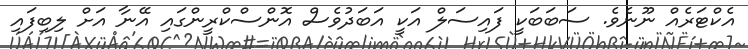
އެކްޓަރެއް ނޫނެވެ. ސަބަބަކީ ފައިސަލް އަކީ އަބަދުވެސް އޮންސްކްރީންގައި އޭނާ އަށް ލިބިފައި